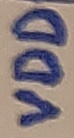
Text: VDD